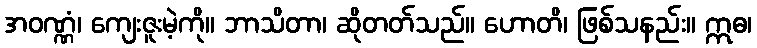
အဝဏ္ဏံ၊ ကျေးဇူးမဲ့ကို။ ဘာသိတာ၊ ဆိုတတ်သည်။ ဟောတိ၊ ဖြစ်သနည်း။ ဣဓ၊